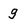
Character: g